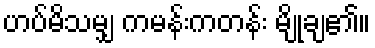
ဟပ်မိသမျှ ကမန်းကတန်း မျိုချ၏။